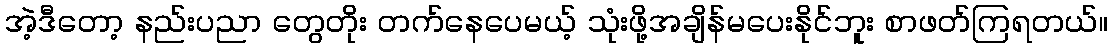
အဲ့ဒီတော့ နည်းပညာ တွေတိုး တက်နေပေမယ့် သုံးဖို့အချိန်မပေးနိုင်ဘူး စာဖတ်ကြရတယ်။